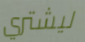
ليشتري